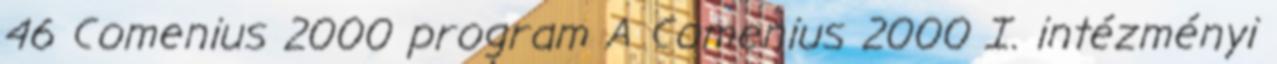
46 Comenius 2000 program A Comenius 2000 I. intézményi